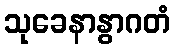
သုခေနာနွာဂတံ